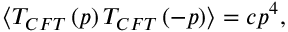
\langle T _ { C F T } \left( p \right) T _ { C F T } \left( - p \right) \rangle = c p ^ { 4 } ,